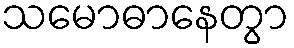
သမောဓာနေတွာ